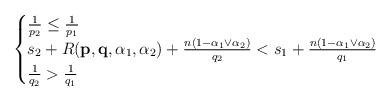
LaTeX: \begin{align*}\begin{cases}\frac{1}{p_{2}}\leq \frac{1}{p_{1}} \\s_{2}+R(\mathbf{p},\mathbf{q},\alpha _{1},\alpha _{2})+\frac{n(1-\alpha_{1}\vee \alpha _{2})}{q_{2}}<s_{1}+\frac{n(1-\alpha _{1}\vee \alpha _{2})}{q_{1}} \\\frac{1}{q_{2}}>\frac{1}{q_{1}}\end{cases}\end{align*}